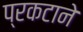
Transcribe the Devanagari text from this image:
प्रकटाने